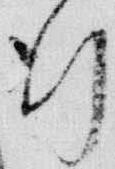
行